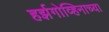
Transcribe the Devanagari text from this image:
हर्झगोव्हिनाच्या